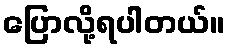
ပြောလို့ရပါတယ်။